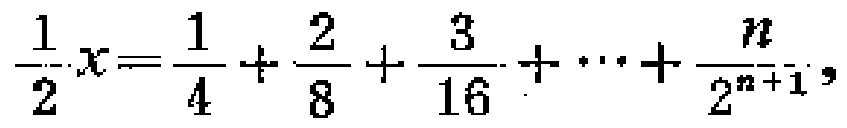
\(\frac{1}{2}x=\frac{1}{4}+\frac{2}{8}+\frac{3}{16}+\cdots+\frac{n}{2^{n + 1}}\)